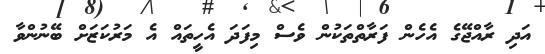
އަދި ރާއްޖޭގެ އެހެން ފަރާތްތަކުން ވެސް މިފަދަ އެހީތައް އެ މަރުކަޒަށް ބޭނުންވާ